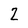
Character: 2